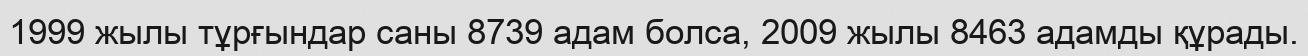
1999 жылы тұрғындар саны 8739 адам болса, 2009 жылы 8463 адамды құрады.